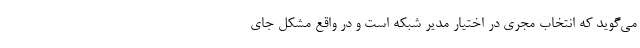
می‌گوید که انتخاب مجری در اختیار مدیر شبکه است و در واقع مشکل جای